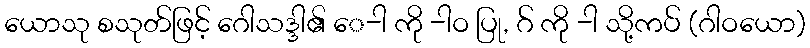
ယောသု စသုတ်ဖြင့် ဂေါသဒ္ဒါ၏ ေ-ါ ကို -ါဝ ပြု, ဂ် ကို -ါ သို့ကပ် (ဂါဝယော)